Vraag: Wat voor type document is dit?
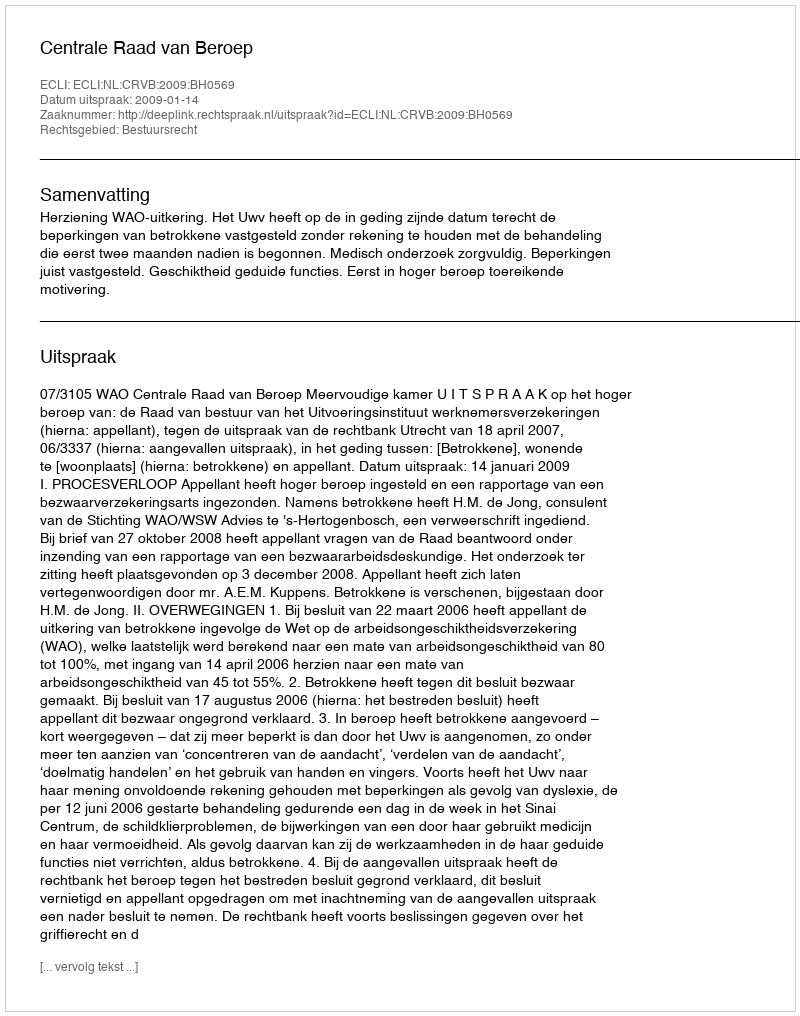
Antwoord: Uitspraak